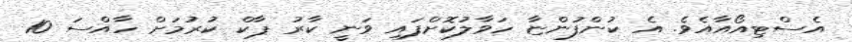
އެސްޓިއޯއާއެވެ. އެ ކުންފުންޏާ ހަވާލުކޮށްފައި ވަނީ ކާރު ޕާކް ކުރުމަށް ހާއްސަ 10